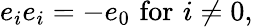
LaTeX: e_{i}e_{i}=-e_{0}\, \, {\mathrm{for}}\, \, i\neq 0,